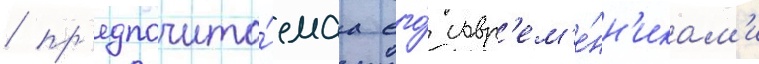
/ пр'едпочита́емаа его́ совр'ем'е́нн'икам'и